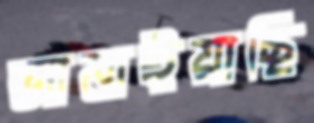
জানাইয়াছি